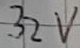
Text: 32V